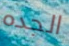
الجده